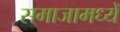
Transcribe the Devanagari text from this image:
समाजामध्यें